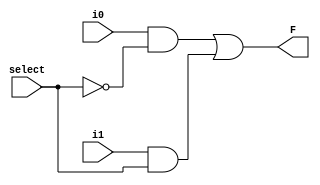
module mux_2x1(
    input i0, i1, select,
    output F
);

    assign F = (i0 & ~select) || (i1 & select);

endmodule